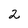
Character: 2